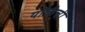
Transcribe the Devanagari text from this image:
यॉर्कची